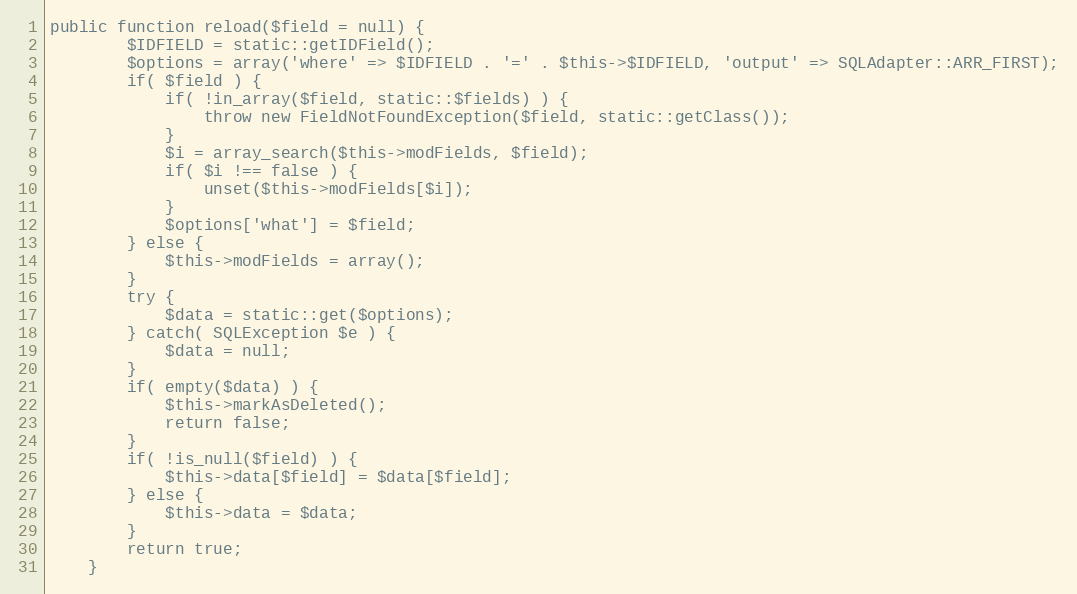
Language: PHP
public function reload($field = null) {
		$IDFIELD = static::getIDField();
		$options = array('where' => $IDFIELD . '=' . $this->$IDFIELD, 'output' => SQLAdapter::ARR_FIRST);
		if( $field ) {
			if( !in_array($field, static::$fields) ) {
				throw new FieldNotFoundException($field, static::getClass());
			}
			$i = array_search($this->modFields, $field);
			if( $i !== false ) {
				unset($this->modFields[$i]);
			}
			$options['what'] = $field;
		} else {
			$this->modFields = array();
		}
		try {
			$data = static::get($options);
		} catch( SQLException $e ) {
			$data = null;
		}
		if( empty($data) ) {
			$this->markAsDeleted();
			return false;
		}
		if( !is_null($field) ) {
			$this->data[$field] = $data[$field];
		} else {
			$this->data = $data;
		}
		return true;
	}